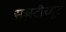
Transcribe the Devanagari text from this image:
सब्स्टीच्यूट